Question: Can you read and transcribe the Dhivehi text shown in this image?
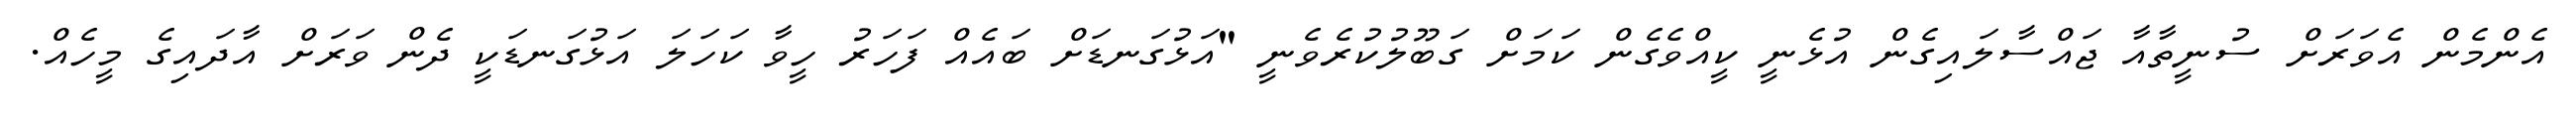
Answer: އެންމެން އެވަރަށް ސުނީތާއާ ޖައްސާލައިގެން އުޅެނީ ކީއްވެގެން ކަމަށް ގަބޫލުކުރެވެނީ "އަޅުގަނޑަށް ބައެއް ފަހަރު ހީވާ ކަހަލަ އަޅުގަނޑަކީ ދެން ވަރަށް އާދައިގެ މީހެއް.